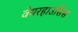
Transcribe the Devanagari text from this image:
वेयरहाउसिस